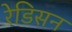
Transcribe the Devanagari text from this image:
रेडिसन